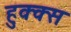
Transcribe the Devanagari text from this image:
हुक्क्स